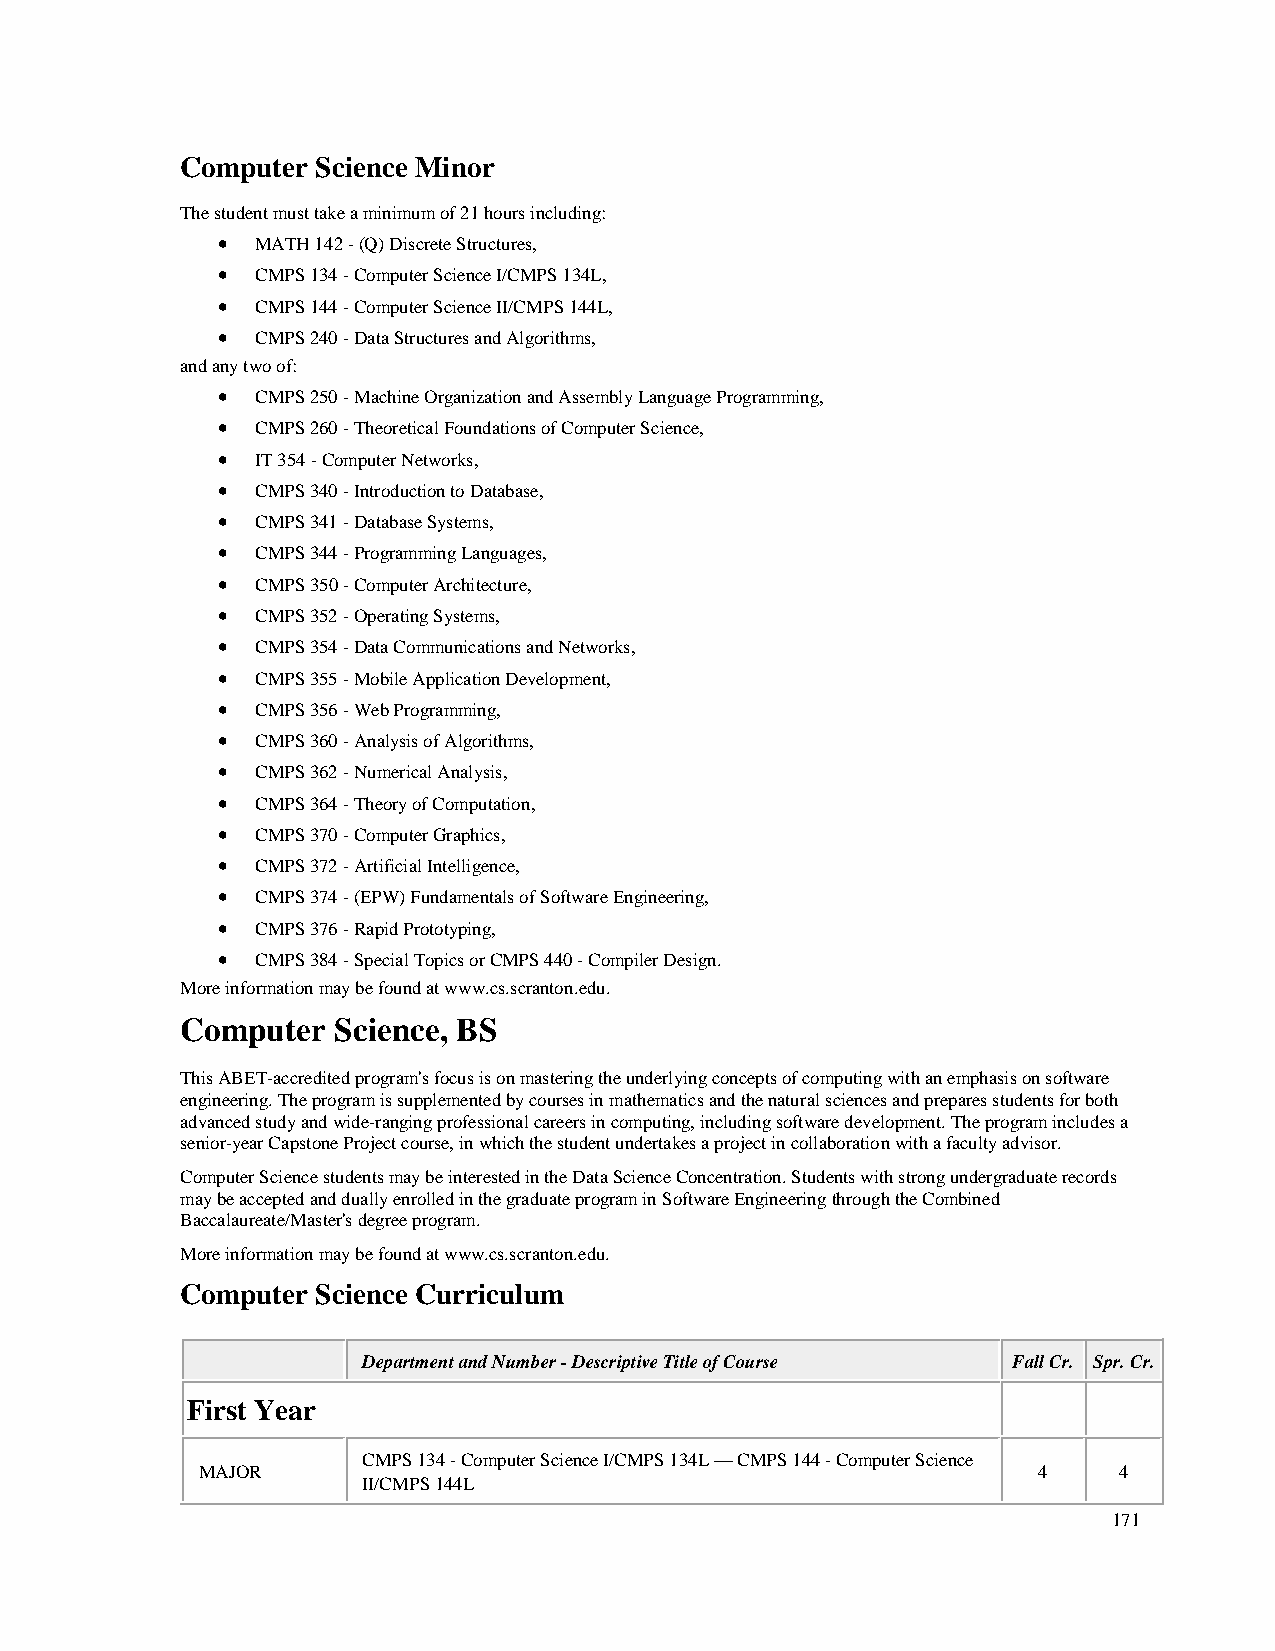
Computer Science Minor
 The student must take a minimum of 21 hours including:
 •  MATH 142 - (Q) Discrete Structures,
 •  CMPS 134 - Computer Science I/CMPS 134L,
 •  CMPS 144 - Computer Science II/CMPS 144L,
 •  CMPS 240 - Data Structures and Algorithms,
 and any two of:
 •  CMPS 250 - Machine Organization and Assembly Language Programming,
 •  CMPS 260 - Theoretical Foundations of Computer Science,
 •  IT 354 - Computer Networks,
 •  CMPS 340 - Introduction to Database,
 •  CMPS 341 - Database Systems,
 •  CMPS 344 - Programming Languages,
 •  CMPS 350 - Computer Architecture,
 •  CMPS 352 - Operating Systems,
 •  CMPS 354 - Data Communications and Networks,
 •  CMPS 355 - Mobile Application Development,
 •  CMPS 356 - Web Programming,
 •  CMPS 360 - Analysis of Algorithms,
 •  CMPS 362 - Numerical Analysis,
 •  CMPS 364 - Theory of Computation,
 •  CMPS 370 - Computer Graphics,
 •  CMPS 372 - Artificial Intelligence,
 •  CMPS 374 - (EPW) Fundamentals of Software Engineering,
 •  CMPS 376 - Rapid Prototyping,
 •  CMPS 384 - Special Topics or CMPS 440 - Compiler Design.
 More information may be found at www.cs.scranton.edu.
 Computer  Science, BS
 This ABET-accredited program's focus is on mastering the underlying concepts of computing with an emphasis on software
 engineering. The program is supplemented by courses in mathematics and the natural sciences and prepares students for both
 advanced study and wide-ranging professional careers in computing, including software development. The program includes a
 senior-year Capstone Project course, in which the student undertakes a project in collaboration with a faculty advisor.
 Computer Science students may be interested in the Data Science Concentration. Students with strong undergraduate records
 may be accepted and dually enrolled in the graduate program in Software Engineering through the Combined
 Baccalaureate/Master's degree program.
 More information may be found at www.cs.scranton.edu.
 Computer Science Curriculum
 Department and Number - Descriptive Title of Course Fall Cr. Spr. Cr.
 First Year
 CMPS 134 - Computer Science I/CMPS 134L — CMPS 144 - Computer Science
 MAJOR                                                   4    4
 II/CMPS 144L
 171